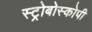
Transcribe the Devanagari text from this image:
स्ट्रोबोस्कोपी